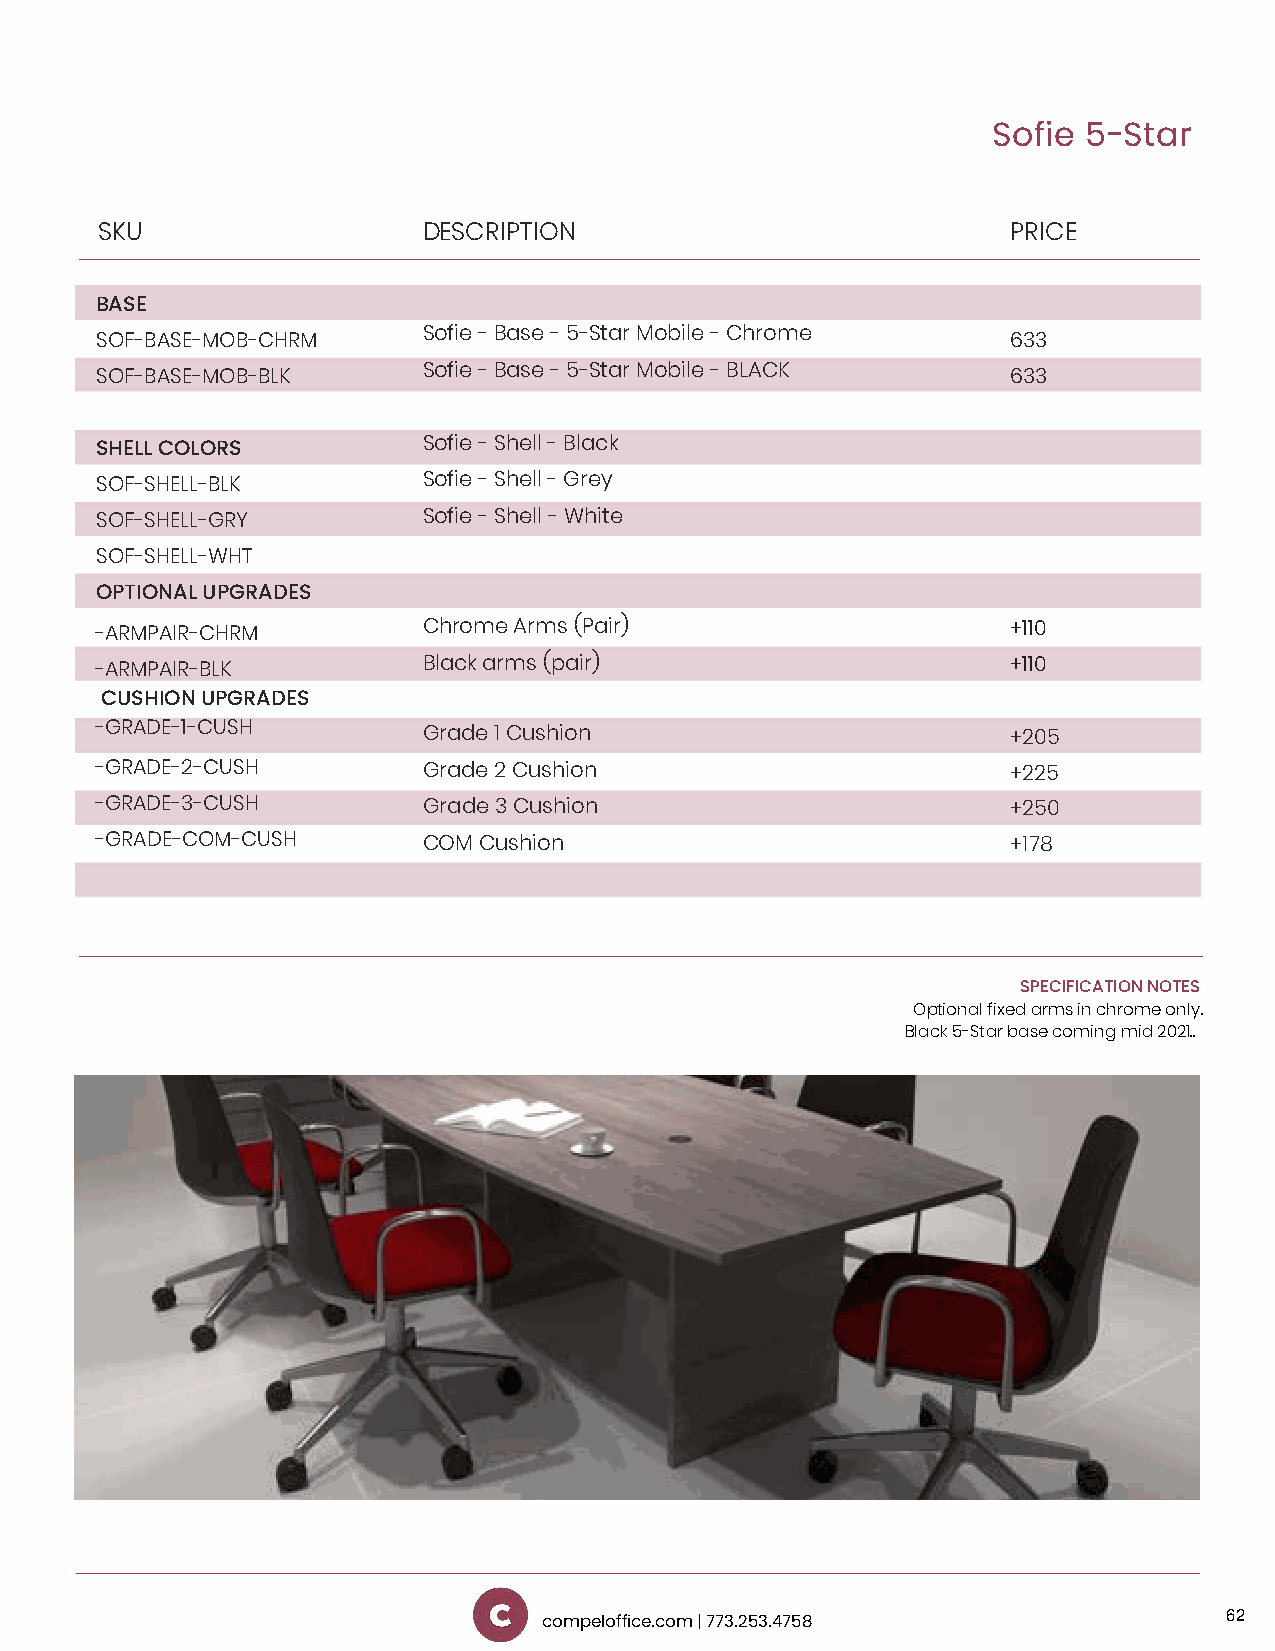
Sofie 5-Star
 SKU                   DESCRIPTION                            PRICE
 BASE
 Sofie - Base - 5-Star Mobile - Chrome
 SOF-BASE-MOB-CHRM                                            633
 Sofie - Base - 5-Star Mobile - BLACK
 SOF-BASE-MOB-BLK                                             633
 SHELL COLORS          Sofie - Shell - Black
 SOF-SHELL-BLK         Sofie - Shell - Grey
 SOF-SHELL-GRY         Sofie - Shell - White
 SOF-SHELL-WHT
 OPTIONAL UPGRADES
 -ARMPAIR-CHRM         Chrome Arms (Pair)                     +110
 -ARMPAIR-BLK          Black arms (pair)                      +110
 CUSHION UPGRADES
 -GRADE-1-CUSH         Grade 1 Cushion                        +205
 -GRADE-2-CUSH         Grade 2 Cushion                        +225
 -GRADE-3-CUSH         Grade 3 Cushion                        +250
 -GRADE-COM-CUSH       COM Cushion                            +178
 SPECIFICATION NOTES
 Optional fixed arms in chrome only.
 Black 5-Star base coming mid 2021..
 62
 compeloffice.com | 773.253.4758